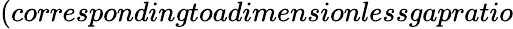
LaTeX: (correspondingtoadimensionlessgapratio